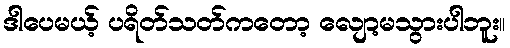
ဒါပေမယ့် ပရိတ်သတ်ကတော့ လျော့မသွားပါဘူး။